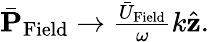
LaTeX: \begin{array}{r}{\bar{\mathbf P}_{\mathrm{Field}}\rightarrow\frac{\bar{U}_{\mathrm{Field}}}{\omega}k\hat{\mathbf z}.}\end{array}